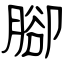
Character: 腳